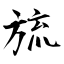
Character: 旈